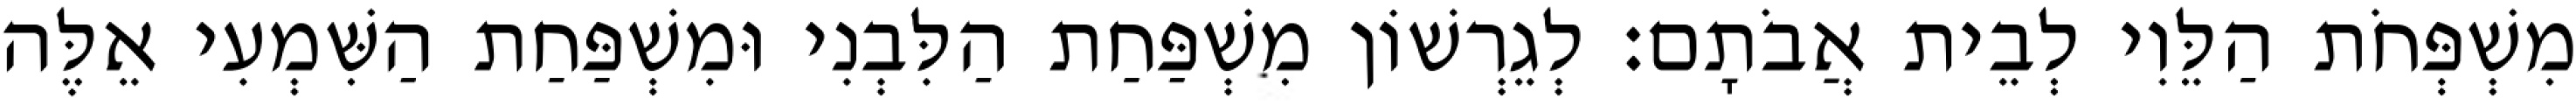
מִשְׁפְּחֹת הַלֵּוִי לְבֵית אֲבֹתָם׃ לְגֵרְשׁוֹן מִשְׁפַּחַת הַלִּבְנִי וּמִשְׁפַּחַת הַשִּׁמְעִי אֵלֶּה